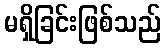
မရှိခြင်းဖြစ်သည်